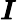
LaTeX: \boldsymbol{\mathit{I}}